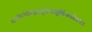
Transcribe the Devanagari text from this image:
शंभोरंभोरुहचटुकचक्षुर्विजयते॥४॥